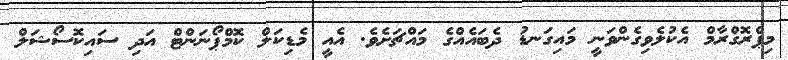
މިޕްރޮގްރާމް އެކުލެވިގެންވަނީ މައިގަނޑު ދެބައެއްގެ މައްޗަށެވެ. އެއީ މެޑިކަލް ކޮމްޕޯނަންޓް އަދި ސައިކޮސޯޝަލް